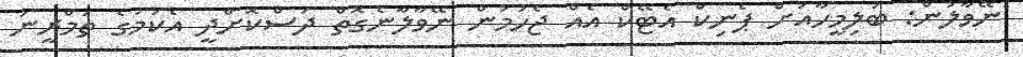
ނޭވާލުން: ބަލިމީހާއަށް ޕެނިކް އެޓޭކް އެއް ޖެހުމުން ނޭވާލާނެގޮތް ދަސްކޮށްދީ އެކަމުގެ ތަމްރީނު